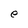
Character: e